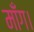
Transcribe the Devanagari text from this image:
माँग।